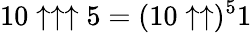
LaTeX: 10\uparrow\uparrow\uparrow 5=(10\uparrow\uparrow)^{5}1